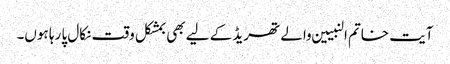
آیت خاتم النبیین والے تھریڈ کے لیے بھی بمشکل وقت نکال پا رہا ہوں۔